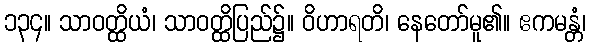
၁၃၄။ သာဝတ္ထိယံ၊ သာဝတ္ထိပြည်၌။ ဝိဟာရတိ၊ နေတော်မူ၏။ ဧကမန္တံ၊